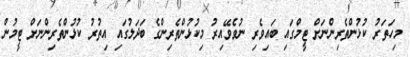
މިހަތަރު ކުޅުންތެރިންނަށް ޓީމްގައި ބައިވެރި ނުވެވޭއިރު މިކުޅުންތެރިންގެ ބަދަލުގައި އިތުރު ކުޅުންތެރިންނަށް ޓީމުން